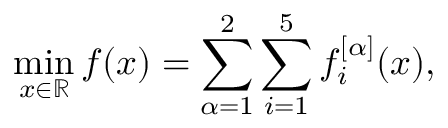
\operatorname* { m i n } _ { x \in \mathbb { R } } f ( x ) = \sum _ { \alpha = 1 } ^ { 2 } \sum _ { i = 1 } ^ { 5 } f _ { i } ^ { [ \alpha ] } ( x ) ,